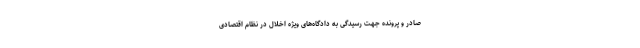
صادر و پرونده جهت رسیدگی به دادگاه‌های ویژه اخلال در نظام اقتصادی